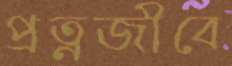
প্রত্নজীবে